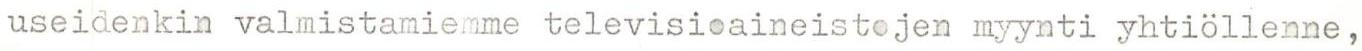
useidenkin valmistamiemme televisioaineistojen myynti yhtiöllenne,